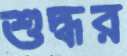
শুদ্ধর